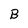
Character: B